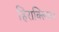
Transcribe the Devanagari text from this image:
हिराक्लियस